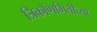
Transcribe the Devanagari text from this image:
त्रिकोणमितीच्या